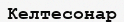
Келтесонар